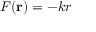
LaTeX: F ( \mathbf { r } ) = - k r